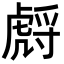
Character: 𧇛